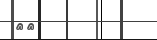
٨٧